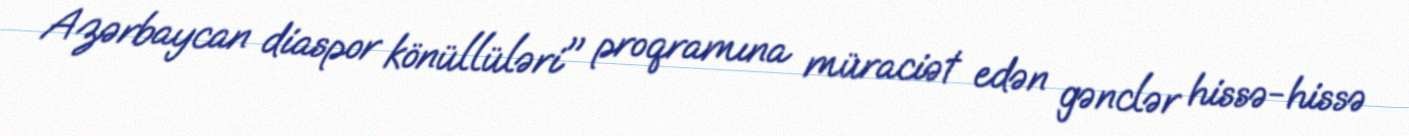
Azərbaycan diaspor könüllüləri" proqramına müraciət edən gənclər hissə-hissə